Voisiku_vallavalitsus, lk 132
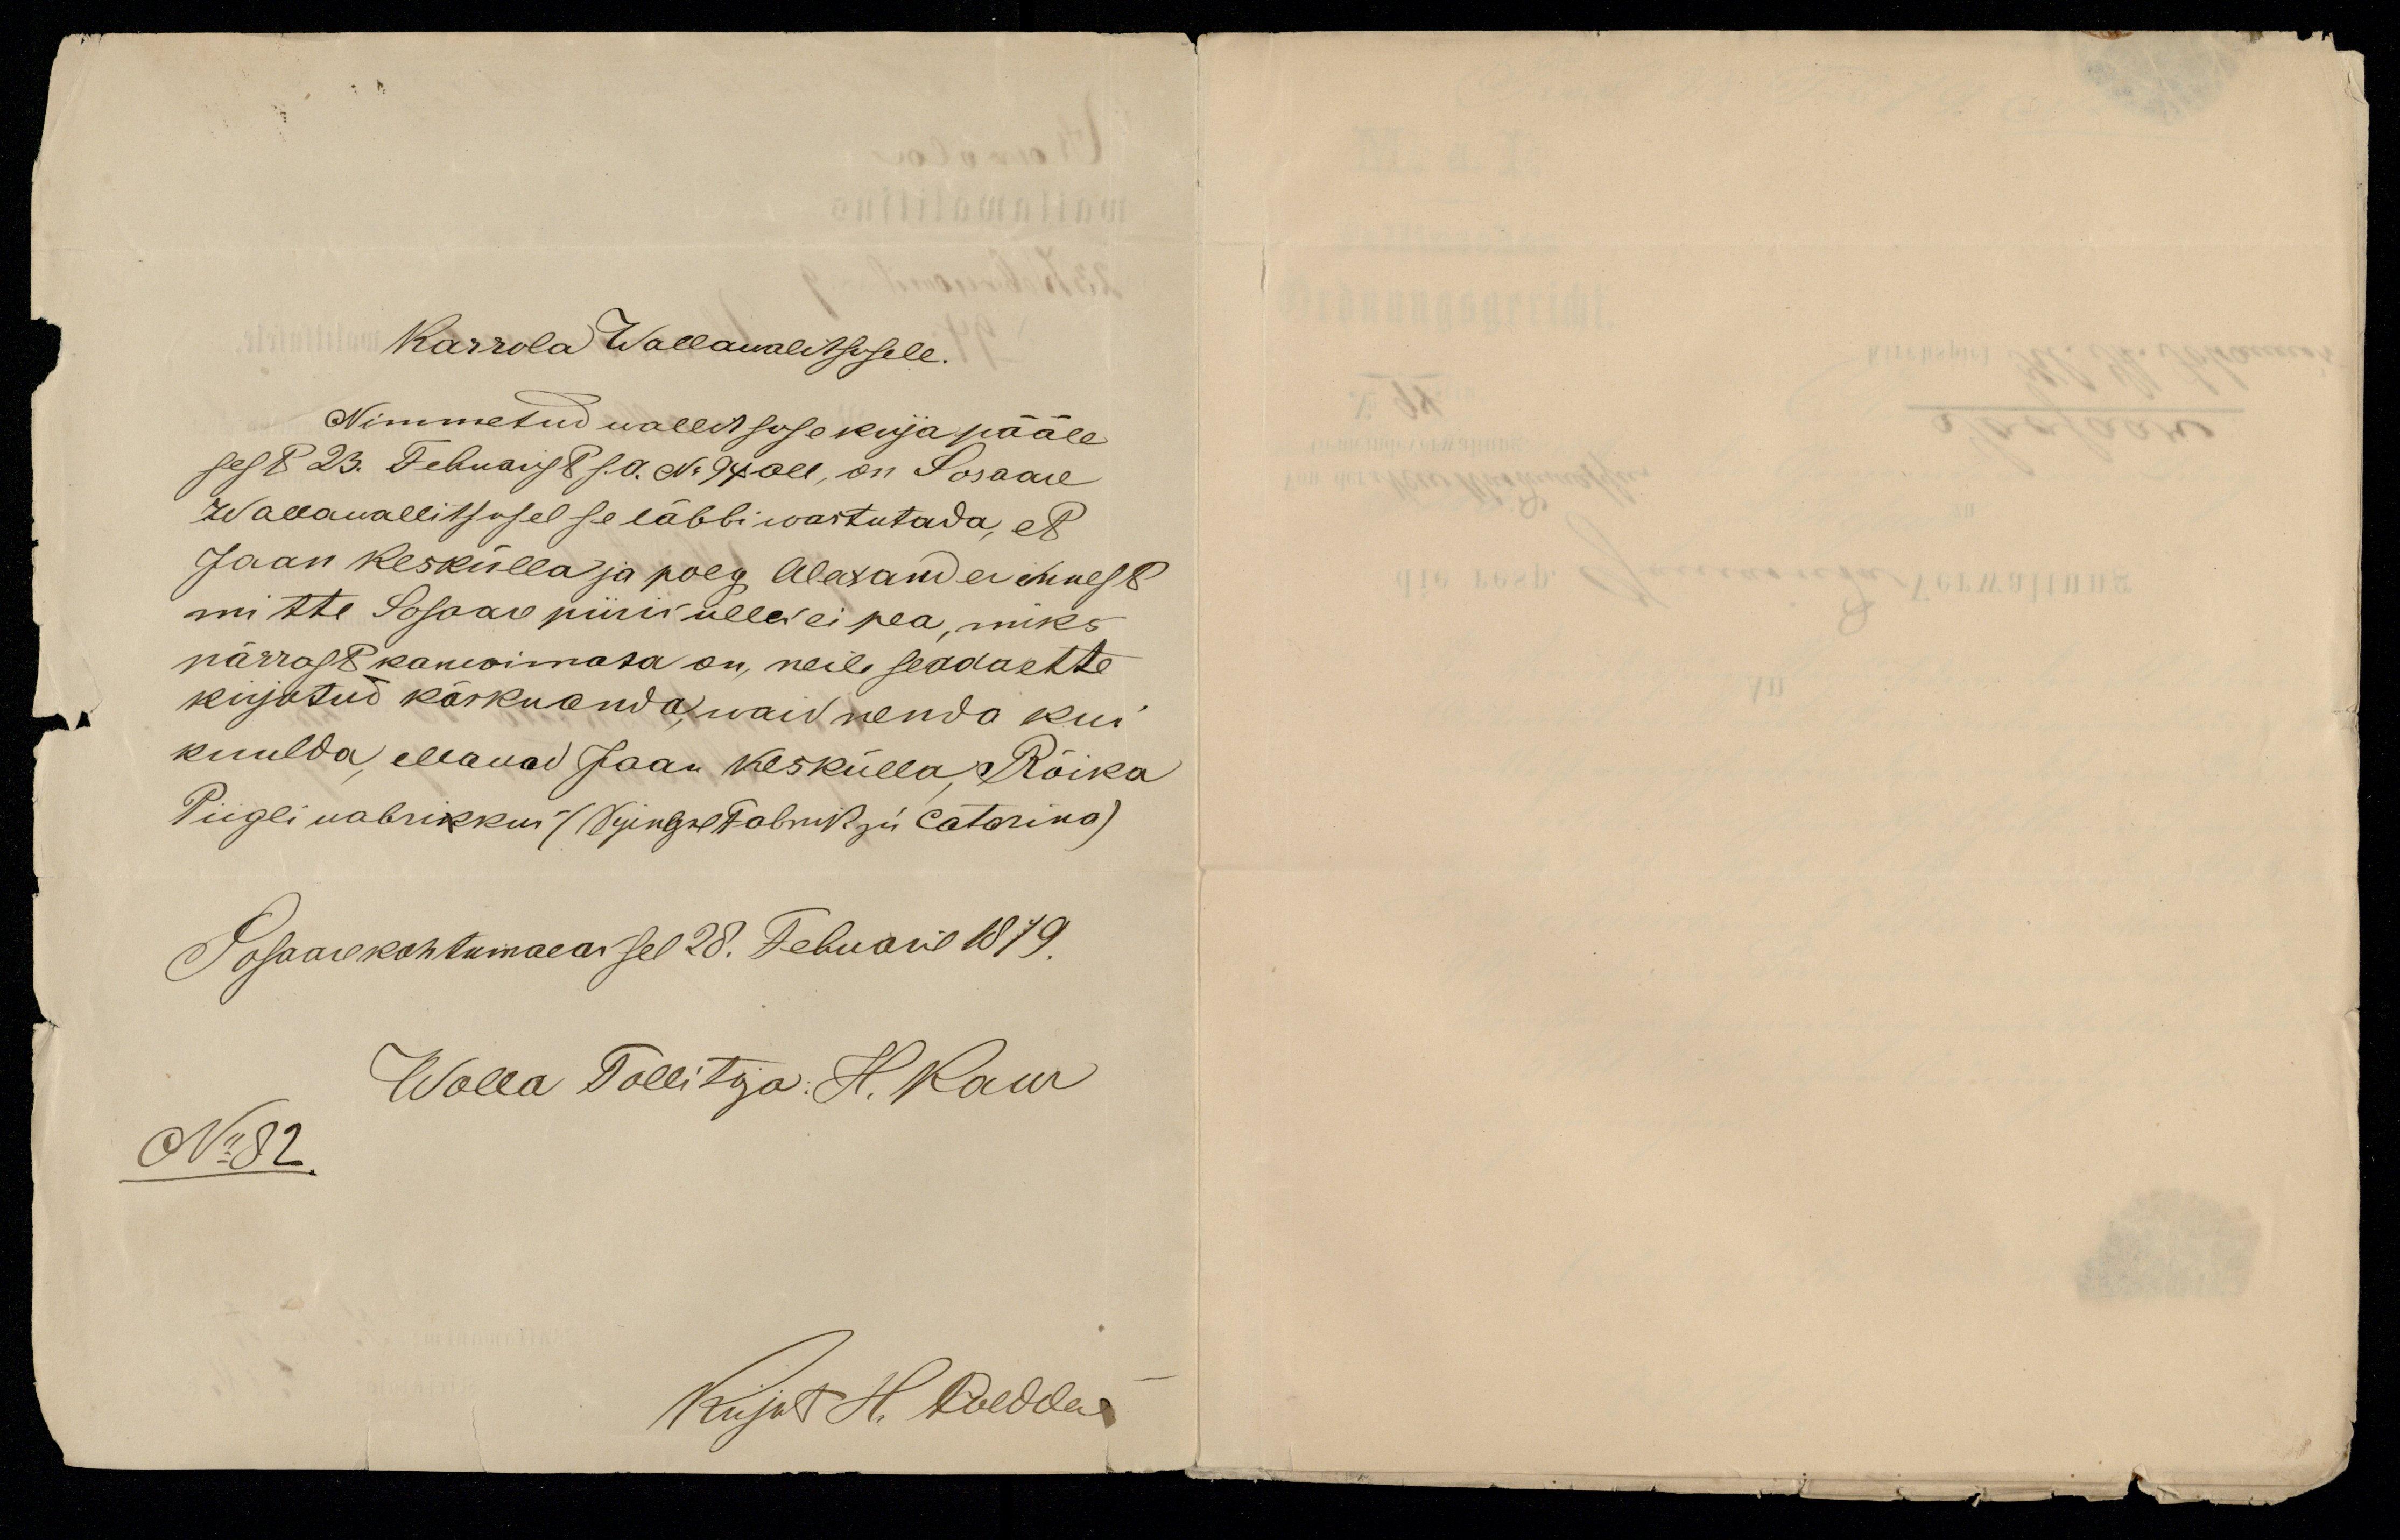
Karrola Wallawalitsusele.
Nimmetud wallitsuse kirja pääle
sest 23. Febuarist s.a. No 94 all, on Sosaare
Wallawallitsusel se läbbi wastutada, et
Jaan Keskülla ja poeg Alexander ei ennest
mitte Sosaare piiris ülles ei pea, miks
pärrast kawoimata on, neile sedda ette
kirjatud käskuanda, waid nenda kui
kuulda, ellavad Jaan Keskülla, Rõika
Piigli wabrikkus (SpiegelFabrik zu Catarina).
Sosaare kohtumaeas sel 28. Febuaril 1879.
Walla Tallitja H. Kaur
No 82.
Kirjut H. Caldda